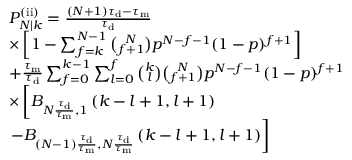
\begin{array} { r l } & { P _ { N | k } ^ { \mathrm { ( i i ) } } = \frac { ( N + 1 ) \tau _ { \mathrm { d } } - \tau _ { \mathrm { m } } } { \tau _ { \mathrm { d } } } } \\ & { \times \left[ 1 - \sum _ { f = k } ^ { N - 1 } \binom { N } { f + 1 } p ^ { N - f - 1 } ( 1 - p ) ^ { f + 1 } \right] } \\ & { + \frac { \tau _ { \mathrm { m } } } { \tau _ { \mathrm { d } } } \sum _ { f = 0 } ^ { k - 1 } \sum _ { l = 0 } ^ { f } \binom { k } { l } \binom { N } { f + 1 } p ^ { N - f - 1 } ( 1 - p ) ^ { f + 1 } } \\ & { \times \left[ B _ { N \frac { \tau _ { \mathrm { d } } } { \tau _ { \mathrm { m } } } , 1 } \left( k - l + 1 , l + 1 \right) \right. } \\ & { \left. - B _ { ( N - 1 ) \frac { \tau _ { \mathrm { d } } } { \tau _ { \mathrm { m } } } , N \frac { \tau _ { \mathrm { d } } } { \tau _ { \mathrm { m } } } } \left( k - l + 1 , l + 1 \right) \right] } \end{array}